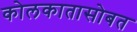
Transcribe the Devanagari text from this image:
कोलकातासोबत